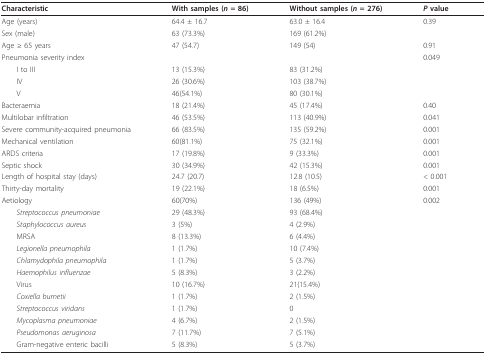
<table><thead><tr><td><b>Characteristic</b></td><td><b>With samples (<i>n </i>= 86)</b></td><td><b>Without samples (<i>n </i>= 276)</b></td><td><b><i>P </i>value</b></td></tr></thead><tbody><tr><td>Age (years)</td><td>64.4 ± 16.7</td><td>63.0 ± 16.4</td><td>0.39</td></tr><tr><td>Sex (male)</td><td>63 (73.3%)</td><td>169 (61.2%)</td><td></td></tr><tr><td>Age ≥ 65 years</td><td>47 (54.7)</td><td>149 (54)</td><td>0.91</td></tr><tr><td>Pneumonia severity index</td><td></td><td></td><td>0.049</td></tr><tr><td> I to III</td><td>13 (15.3%)</td><td>83 (31.2%)</td><td></td></tr><tr><td> IV</td><td>26 (30.6%)</td><td>103 (38.7%)</td><td></td></tr><tr><td> V</td><td>46(54.1%)</td><td>80 (30.1%)</td><td></td></tr><tr><td>Bacteraemia</td><td>18 (21.4%)</td><td>45 (17.4%)</td><td>0.40</td></tr><tr><td>Multilobar infiltration</td><td>46 (53.5%)</td><td>113 (40.9%)</td><td>0.041</td></tr><tr><td>Severe community-acquired pneumonia</td><td>66 (83.5%)</td><td>135 (59.2%)</td><td>0.001</td></tr><tr><td>Mechanical ventilation</td><td>60(81.1%)</td><td>75 (32.1%)</td><td>0.001</td></tr><tr><td>ARDS criteria</td><td>17 (19.8%)</td><td>9 (33.3%)</td><td>0.001</td></tr><tr><td>Septic shock</td><td>30 (34.9%)</td><td>42 (15.3%)</td><td>0.001</td></tr><tr><td>Length of hospital stay (days)</td><td>24.7 (20.7)</td><td>12.8 (10.5)</td><td>&lt; 0.001</td></tr><tr><td>Thirty-day mortality</td><td>19 (22.1%)</td><td>18 (6.5%)</td><td>0.001</td></tr><tr><td>Aetiology</td><td>60(70%)</td><td>136 (49%)</td><td>0.002</td></tr><tr><td> <i>Streptococcus pneumoniae</i></td><td>29 (48.3%)</td><td>93 (68.4%)</td><td></td></tr><tr><td> <i>Staphylococcus aureus</i></td><td>3 (5%)</td><td>4 (2.9%)</td><td></td></tr><tr><td> MRSA</td><td>8 (13.3%)</td><td>6 (4.4%)</td><td></td></tr><tr><td> <i>Legionella pneumophila</i></td><td>1 (1.7%)</td><td>10 (7.4%)</td><td></td></tr><tr><td> <i>Chlamydophila pneumophila</i></td><td>1 (1.7%)</td><td>5 (3.7%)</td><td></td></tr><tr><td> <i>Haemophilus influenzae</i></td><td>5 (8.3%)</td><td>3 (2.2%)</td><td></td></tr><tr><td> Virus</td><td>10 (16.7%)</td><td>21(15.4%)</td><td></td></tr><tr><td> <i>Coxiella burnetii</i></td><td>1 (1.7%)</td><td>2 (1.5%)</td><td></td></tr><tr><td> <i>Streptococcus viridans</i></td><td>1 (1.7%)</td><td>0</td><td></td></tr><tr><td> <i>Mycoplasma pneumoniae</i></td><td>4 (6.7%)</td><td>2 (1.5%)</td><td></td></tr><tr><td> <i>Pseudomonas aeruginosa</i></td><td>7 (11.7%)</td><td>7 (5.1%)</td><td></td></tr><tr><td> Gram-negative enteric bacilli</td><td>5 (8.3%)</td><td>5 (3.7%)</td><td></td></tr></tbody></table>